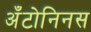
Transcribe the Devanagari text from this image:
अँटोनिनस